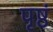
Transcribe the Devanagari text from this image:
पृष्ठं